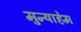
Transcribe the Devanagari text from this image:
मुन्याहेम